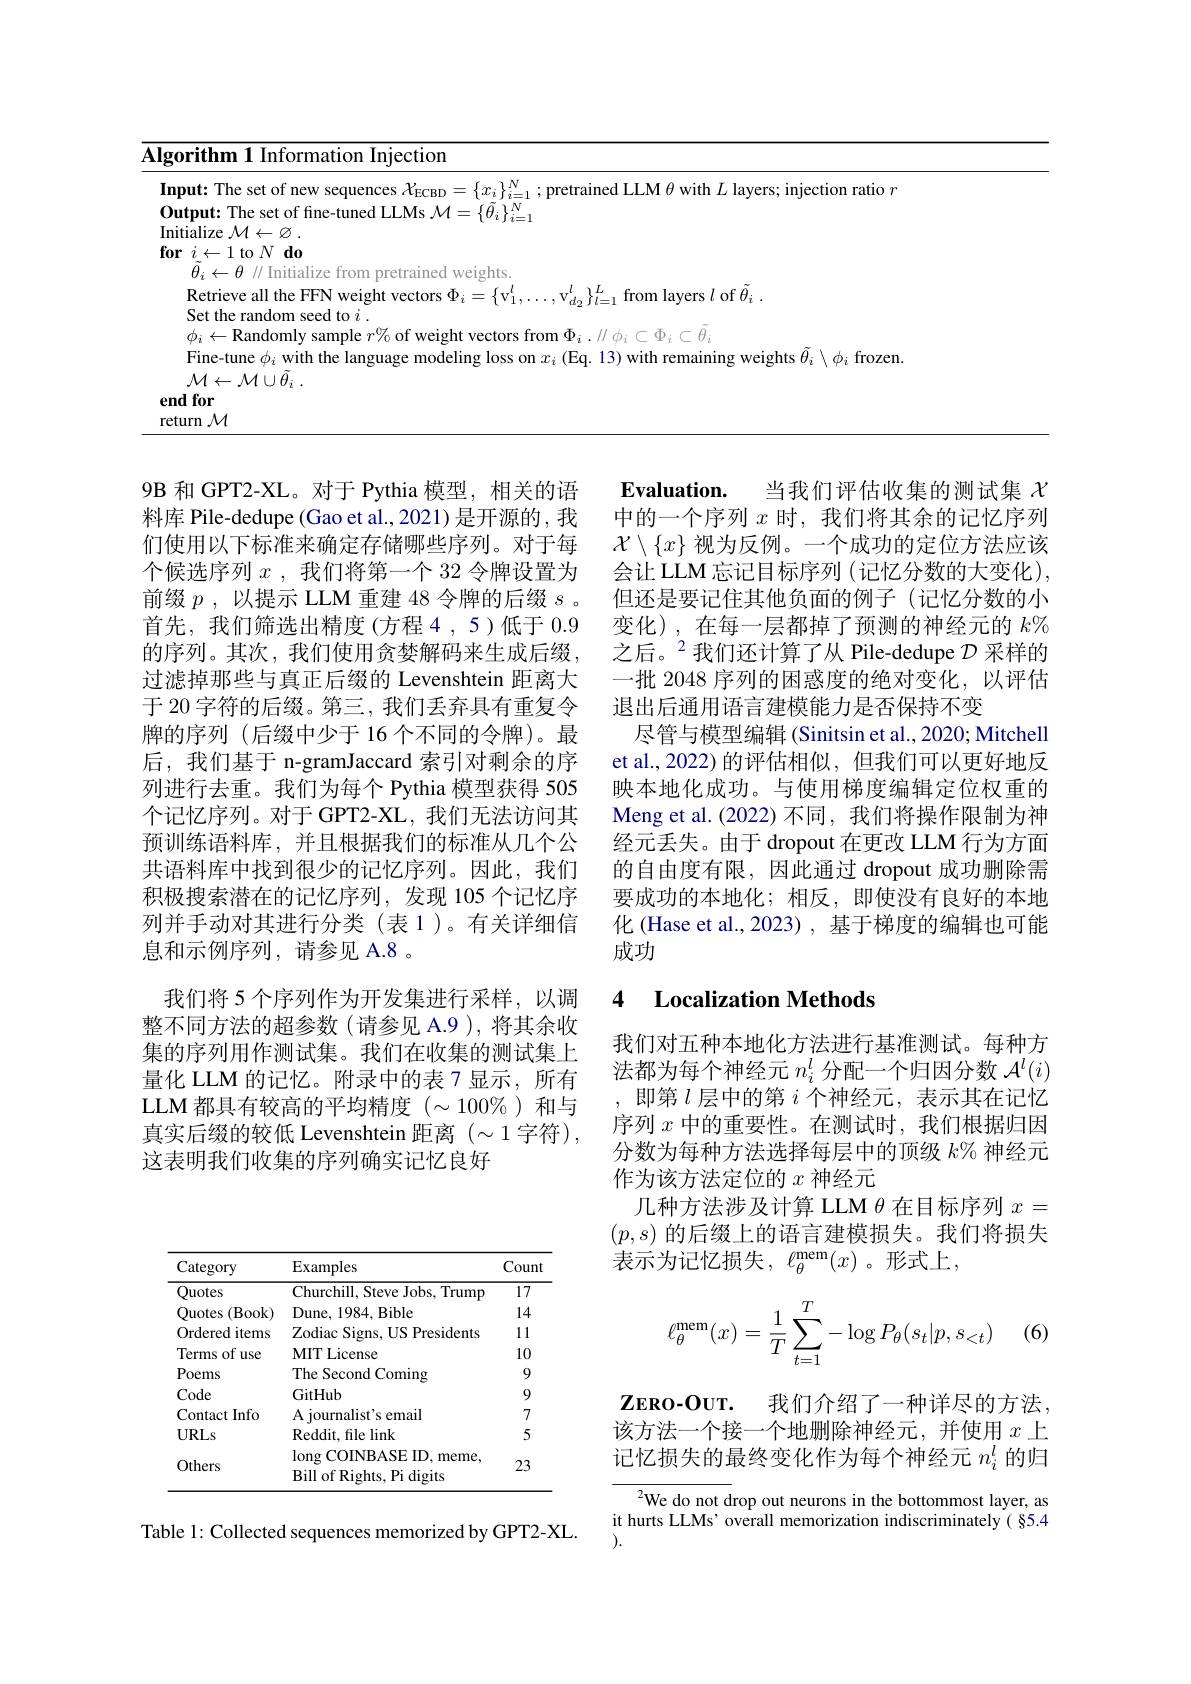
<table>
	<tbody>
		<tr>
			<th>$\overline{\mathbf{AI}};$</th>
			<th>Algorithm 1 Information Injection</th>
			<th>rmation Injection</th>
		</tr>
		<tr>
			<td>1</td>
			<td>Input: The set of new sequences $X_{\mathrm{E}}$ $_{\mathrm{rnr}}$ $-\{r_{:}\}^{\mathrm{V}}$</td>
			<td>$eW$ ection ratio $r$</td>
		</tr>
		<tr>
			<td>T</td>
			<td>Initialize $\textcircled{7}$</td>
			<td> </td>
		</tr>
		<tr>
			<td>$\textbf{f}$</td>
			<td>$\textbf{for}i\leftarrow 1$to$N\textbf{do}$</td>
			<td> </td>
		</tr>
		<tr>
			<td> </td>
			<td>Weights H</td>
			<td>$|i7e$ $+rnn$ pretrained weights.</td>
		</tr>
		<tr>
			<td> </td>
			<td>$\mathcal{M} \leftarrow \mathcal{M} \cup \ddot{\theta } _{i}$ . end for</td>
			<td> </td>
		</tr>
	</tbody>
</table>

$\mathbf{Evaluation}.$
当我们评估收集的测试集$\chi$
中的一个序列$x$时，我们将其余的记忆序列$\mathcal{X}\setminus\{x\}$视为反例。一个成功的定位方法应该会让 LLM 忘记目标序列 (记忆分数的大变化), 但还是要记住其他负面的例子(记忆分数的小变化),在每一层都掉了预测的神经元的$k\%$ 之后。$^2$我们还计算了从 Pile-dedupe $\mathcal{D}$ 采样的一批 2048 序列的困惑度的绝对变化，以评估退出后通用语言建模能力是否保持不变
尽管与模型编辑 (Sinitsin et al., 2020; Mitchell et al., 2022) 的评估相似，但我们可以更好地反映本地化成功。与使用梯度编辑定位权重的Meng et al. (2022) 不同，我们将操作限制为神经元丢失。由于 dropout 在更改 LLM 行为方面的自由度有限，因此通过 dropout 成功删除需要成功的本地化；相反，即使没有良好的本地化 (Hase et al.,2023) , 基于梯度的编辑也可能成功

9B 和 GPT2-XL。对于 Pythia 模型，相关的语料库 Pile-dedupe (Gao et al., 2021) 是开源的，我们使用以下标准来确定存储哪些序列。对于每个候选序列$x$ ,我们将第一个 32 令牌设置为前缀 $p$ , 以提示 LLM 重建 48 令牌的后缀 $s$ . 首先，我们筛选出精度(方程4，5)低于0.9的序列。其次，我们使用贪婪解码来生成后缀， 过滤掉那些与真正后缀的 Levenshtein 距离大于 20 字符的后缀。第三，我们丢弃具有重复令牌的序列 (后缀中少于 16 个不同的令牌)。最后，我们基于 n-gramJaccard 索引对剩余的序列进行去重。我们为每个 Pythia 模型获得 505个记忆序列。对于 GPT2-XL, 我们无法访问其预训练语料库，并且根据我们的标准从几个公共语料库中找到很少的记忆序列。因此，我们积极搜索潜在的记忆序列，发现 105 个记忆序列并手动对其进行分类(表1)。有关详细信息和示例序列，请参见 A.8 。
我们将 5 个序列作为开发集进行采样，以调整不同方法的超参数(请参见 A.9),将其余收集的序列用作测试集。我们在收集的测试集上量化 LLM 的记忆。附录中的表 7 显示，所有LLM 都具有较高的平均精度$(\sim100\%)$和与真实后缀的较低 Levenshtein 距离 $(\sim1$ 字符), 这表明我们收集的序列确实记忆良好

## 4 Localization Methods

我们对五种本地化方法进行基准测试。每种方法都为每个神经元$n_i^l$分配一个归因分数$\mathcal{A}^l(i)$ 即第$l$层中的第$i$个神经元，表示其在记忆序列$x$中的重要性。在测试时，我们根据归因分数为每种方法选择每层中的顶级$k\%$神经元作为该方法定位的$x$神经元
几种方法涉及计算 LLM $\theta$在目标序列$x=$ $(p,s)$的后缀上的语言建模损失。我们将损失表示为记忆损失，$\ell_\theta^\mathrm{mem}(x)$。形式上，

(6)
$$\ell_\theta^\text{mem}(x)=\dfrac{1}{T}\sum_{t=1}^T-\log P_\theta(s_t|p,s_{<t})$$
<table>
	<tbody>
		<tr>
			<th>Category</th>
			<th>Examples</th>
			<th>Count</th>
		</tr>
		<tr>
			<td>Quotes</td>
			<td>Churchill, Steve Jobs, Trump</td>
			<td>17</td>
		</tr>
		<tr>
			<td>Ouotes $(\mathbf{B}$ook)</td>
			<td>Dune, 1984, Bible</td>
			<td>14</td>
		</tr>
		<tr>
			<td>Ordered items</td>
			<td>Zodiac Signs, US Presidents</td>
			<td>11</td>
		</tr>
		<tr>
			<td>Terms $of$ use</td>
			<td>MIT License</td>
			<td>10</td>
		</tr>
		<tr>
			<td>Poems</td>
			<td>The Second Coming</td>
			<td>9</td>
		</tr>
		<tr>
			<td>Code</td>
			<td>GitHub</td>
			<td>9</td>
		</tr>
		<tr>
			<td>$t$ Info Contact</td>
			<td>A iournalist's email</td>
			<td>7</td>
		</tr>
		<tr>
			<td>URLs</td>
			<td>Reddit, file link</td>
			<td>5</td>
		</tr>
		<tr>
			<td>Others</td>
			<td>$\operatorname{long}$COINBASE ID, meme, Bill of Rights, Pi digits</td>
			<td>23</td>
		</tr>
	</tbody>
</table>

$\mathbf{Z}_{\mathbf{E}}$ко-OUT.
我们介绍了一种详尽的方法，
该方法一个接一个地删除神经元，并使用$x$上记忆损失的最终变化作为每个神经元$n_i^l$的归

${\overline{{^2}\text{We do not d}}}$rop out neurons in the bottommost layer, as it hurts LLMs' overall memorization indiscriminately( §5.4 ).

Table 1: Collected sequences memorized by GPT2-XL